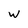
Character: W